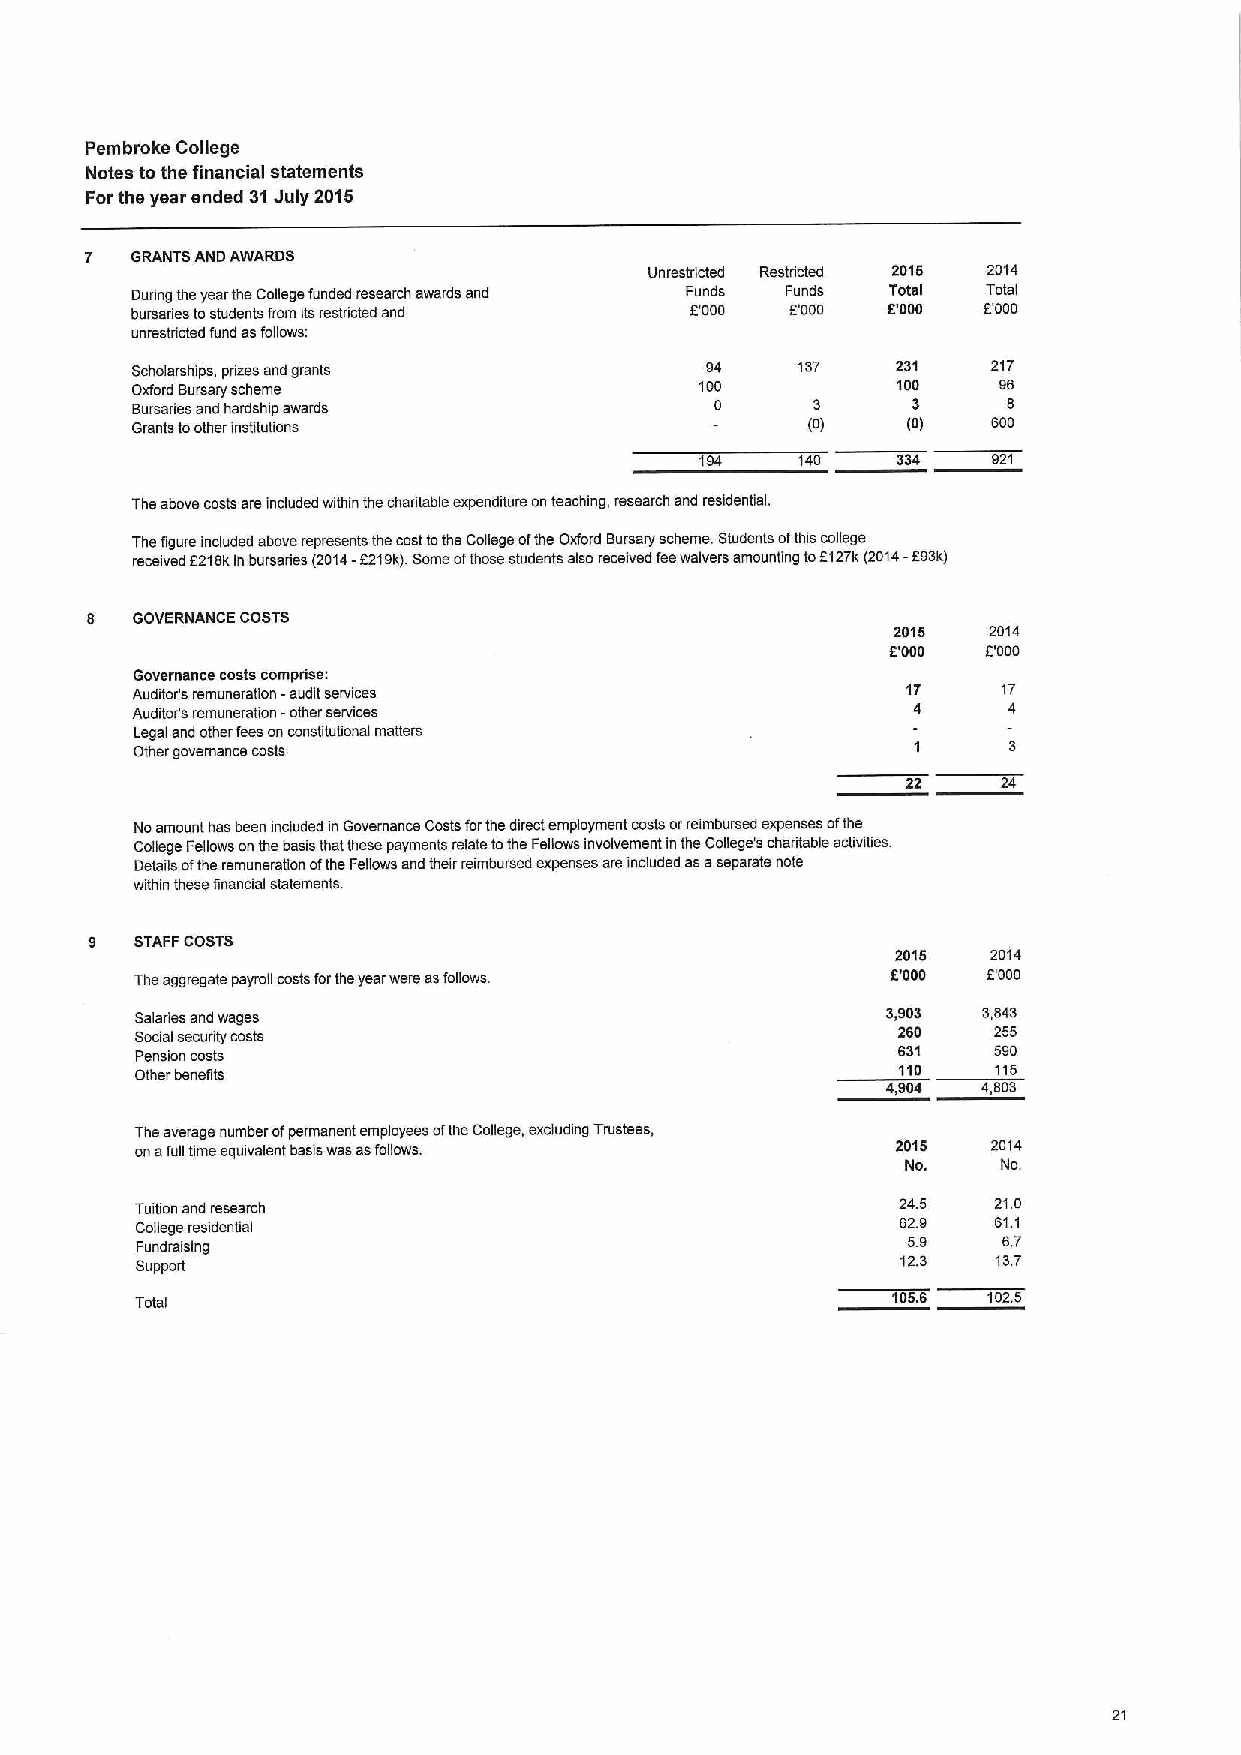
Pembroke College
 Notes tothe financial statements
 Forthe year ended 31July 2016
 7  GRANTS AND AWARDS
 Unrestdicted Restncted 2015 2014
 During theyear the College funded research awards and Funds Funds Total Total
 bursanes tostudents from its restricted and f000 E'000 6'000 E'QQD
 unrestdicted fund asfollows:
 Scholarships, prizes and grants       94    137   231    217
 Oxford Bursary scheme                100          10D    96
 Bursaries and hardship awards         0      3     3      8
 Grants toother institubons                  (0)    (0)   600
 194    140   334    921
 The above costs are included within the chantable expenditure onteaching, research and residential.
 The figure included above represents the costtothe College ofthe Oxford Bursaiy scheme. Students ofthis college
 received 2218kinbursaries (2014-f 219k).Some ofthose students also received feewaivers amounting tof127k(2D14-893k)
 8  GOVERNANCE COSTS
 2015  2014
 F.'000 E'ODO
 Governance costs comprise.'
 Auditor's remuneration -audit services             17    17
 Auditor's remuneration -other services             4      4
 Legal and other feeson constitubonal matters
 Other governance costs
 24
 Noamount has been included InGovernance Costs forthe direct employment costs orreimbursed expenses ofthe
 College Fellows onthe basis that these payments relate tothe Fellows mvolvement inthe CoDege's charitable activities.
 Details ofthe remuneration ofthe Fellows and their reimbursed expenses are included asaseparate note
 within these financial statements.
 9  STAFFCOSTS
 2015   2014
 The aggregate payroll costsfortheyear were asfollows. 8'000 E'000
 Saladies and wages                                3,903 3,843
 Social security costs                             260    255
 pension costs                                     631    59D
 Other benefits                                    110    115
 4,904 4,803
 The average number ofpermanent employees ofthe College, excluding Trustees,
 onafull time eguwalent basis was asfollows.       2015   2D14
 No.   No.
 Tuition and research                               245   21.D
 College residential
 62.9  61.1
 59    6.7
 Fundraising
 12.3  13.7
 Support
 Total
 105.6 102.5